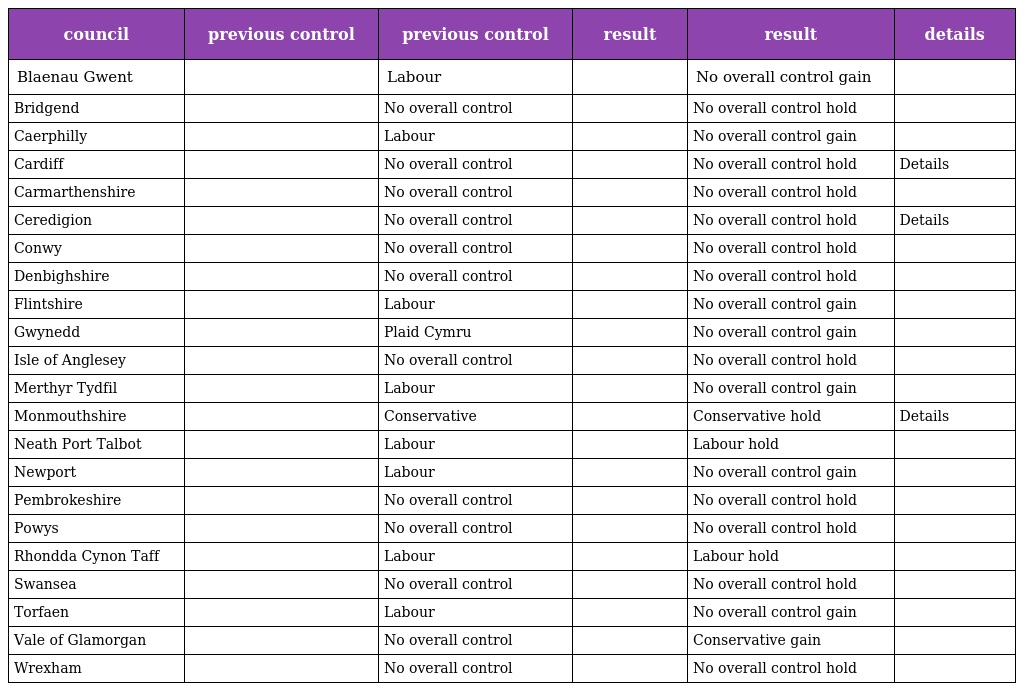
| council | previous control | previous control | result | result | details |
 | --- | --- | --- | --- | --- | --- |
 | Blaenau Gwent |  | Labour |  | No overall control gain |  |
 | Bridgend |  | No overall control |  | No overall control hold |  |
 | Caerphilly |  | Labour |  | No overall control gain |  |
 | Cardiff |  | No overall control |  | No overall control hold | Details |
 | Carmarthenshire |  | No overall control |  | No overall control hold |  |
 | Ceredigion |  | No overall control |  | No overall control hold | Details |
 | Conwy |  | No overall control |  | No overall control hold |  |
 | Denbighshire |  | No overall control |  | No overall control hold |  |
 | Flintshire |  | Labour |  | No overall control gain |  |
 | Gwynedd |  | Plaid Cymru |  | No overall control gain |  |
 | Isle of Anglesey |  | No overall control |  | No overall control hold |  |
 | Merthyr Tydfil |  | Labour |  | No overall control gain |  |
 | Monmouthshire |  | Conservative |  | Conservative hold | Details |
 | Neath Port Talbot |  | Labour |  | Labour hold |  |
 | Newport |  | Labour |  | No overall control gain |  |
 | Pembrokeshire |  | No overall control |  | No overall control hold |  |
 | Powys |  | No overall control |  | No overall control hold |  |
 | Rhondda Cynon Taff |  | Labour |  | Labour hold |  |
 | Swansea |  | No overall control |  | No overall control hold |  |
 | Torfaen |  | Labour |  | No overall control gain |  |
 | Vale of Glamorgan |  | No overall control |  | Conservative gain |  |
 | Wrexham |  | No overall control |  | No overall control hold |  |